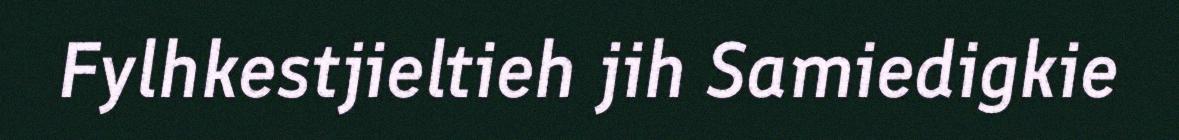
Fylhkestjieltieh jih Samiedigkie